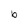
Character: b